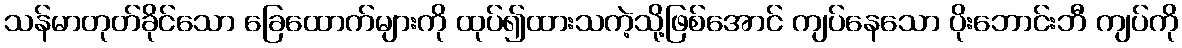
သန်မာတုတ်ခိုင်သော ခြေထောက်များကို ထုပ်၍ထားသကဲ့သို့ဖြစ်အောင် ကျပ်နေသော ပိုးဘောင်းဘီ ကျပ်ကို